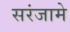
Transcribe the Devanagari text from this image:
सरंजामे